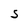
Character: S